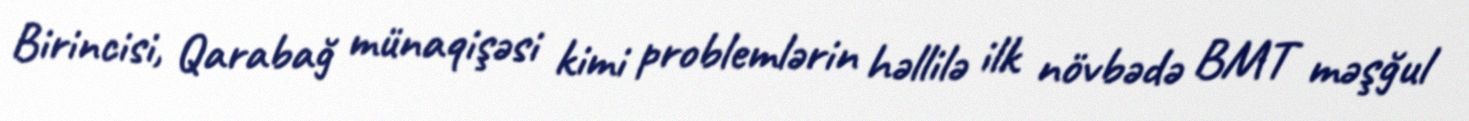
Birincisi, Qarabağ münaqişəsi kimi problemlərin həllilə ilk növbədə BMT məşğul